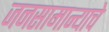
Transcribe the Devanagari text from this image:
जनसामान्याचे